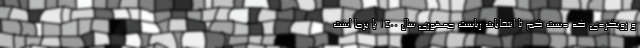
و رویکردی که دست کم تا انتخابات ریاست جمهوری سال ۱۴۰۰ پا برجا است